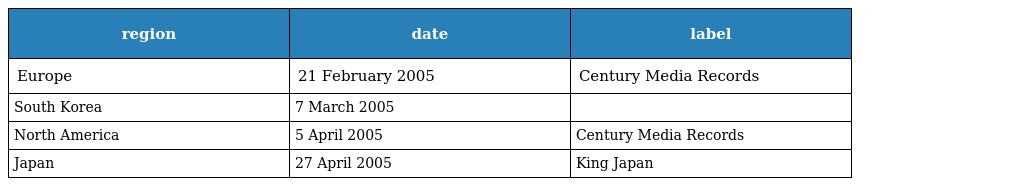
| region | date | label |
 | --- | --- | --- |
 | Europe | 21 February 2005 | Century Media Records |
 | South Korea | 7 March 2005 |  |
 | North America | 5 April 2005 | Century Media Records |
 | Japan | 27 April 2005 | King Japan |